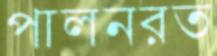
পালনরত